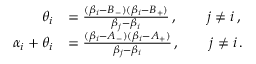
\begin{array} { r l } { \theta _ { i } } & { = \frac { ( \beta _ { i } - B _ { - } ) ( \beta _ { i } - B _ { + } ) } { \beta _ { j } - \beta _ { i } } \, , \qquad j \neq i \, , } \\ { \alpha _ { i } + \theta _ { i } } & { = \frac { ( \beta _ { i } - A _ { - } ) ( \beta _ { i } - A _ { + } ) } { \beta _ { j } - \beta _ { i } } \, , \qquad j \neq i \, . } \end{array}